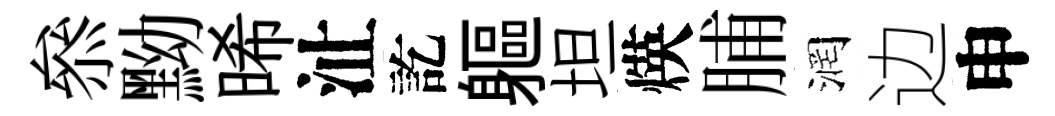
叅黝晞沚訖軀坦煐脯润边申